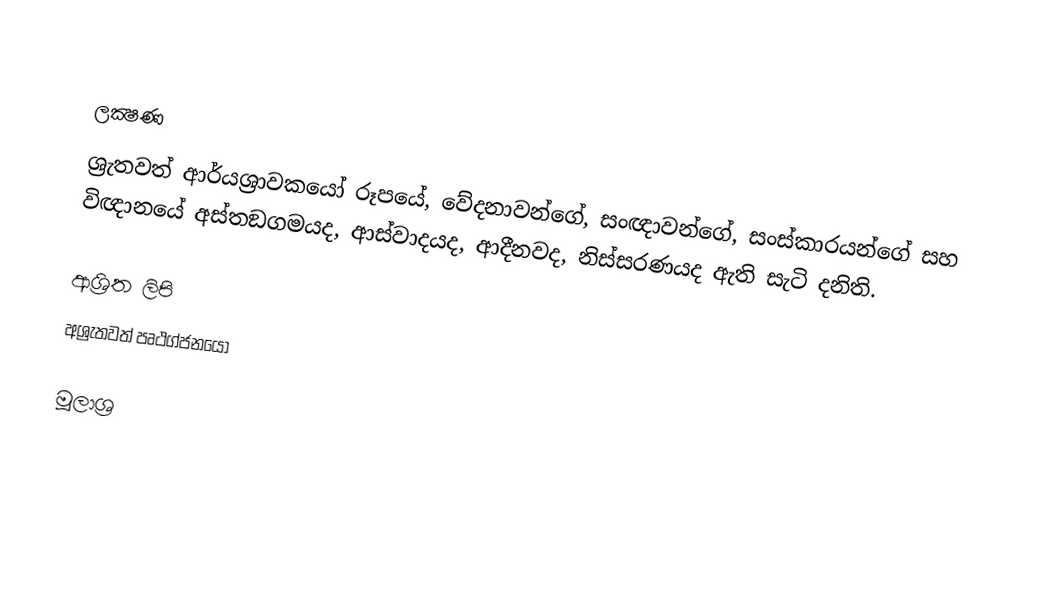

ලක්‍ෂණ
ශ්‍රැතවත් ආර්යශ්‍රාවකයෝ රූපයේ, වේදනාවන්ගේ, සංඥාවන්ගේ, සංස්කාරයන්ගේ සහ විඥානයේ අස්තඞගමයද, ආස්වාදයද, ආදීනවද, නිස්සරණයද ඇති සැටි දනිති.

ආශ්‍රිත ලිපි
 අශ්‍රැතවත් පෘථග්ජනයෝ

මූලාශ්‍ර